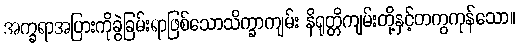
အက္ခရာအပြားကိုခွဲခြမ်းရာဖြစ်သောသိက္ခာကျမ်း နိရုတ္တိကျမ်းတို့နှင့်တကွကုန်သော။